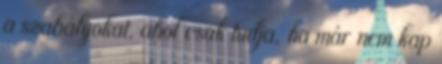
a szabályokat, ahol csak tudja, ha már nem kap